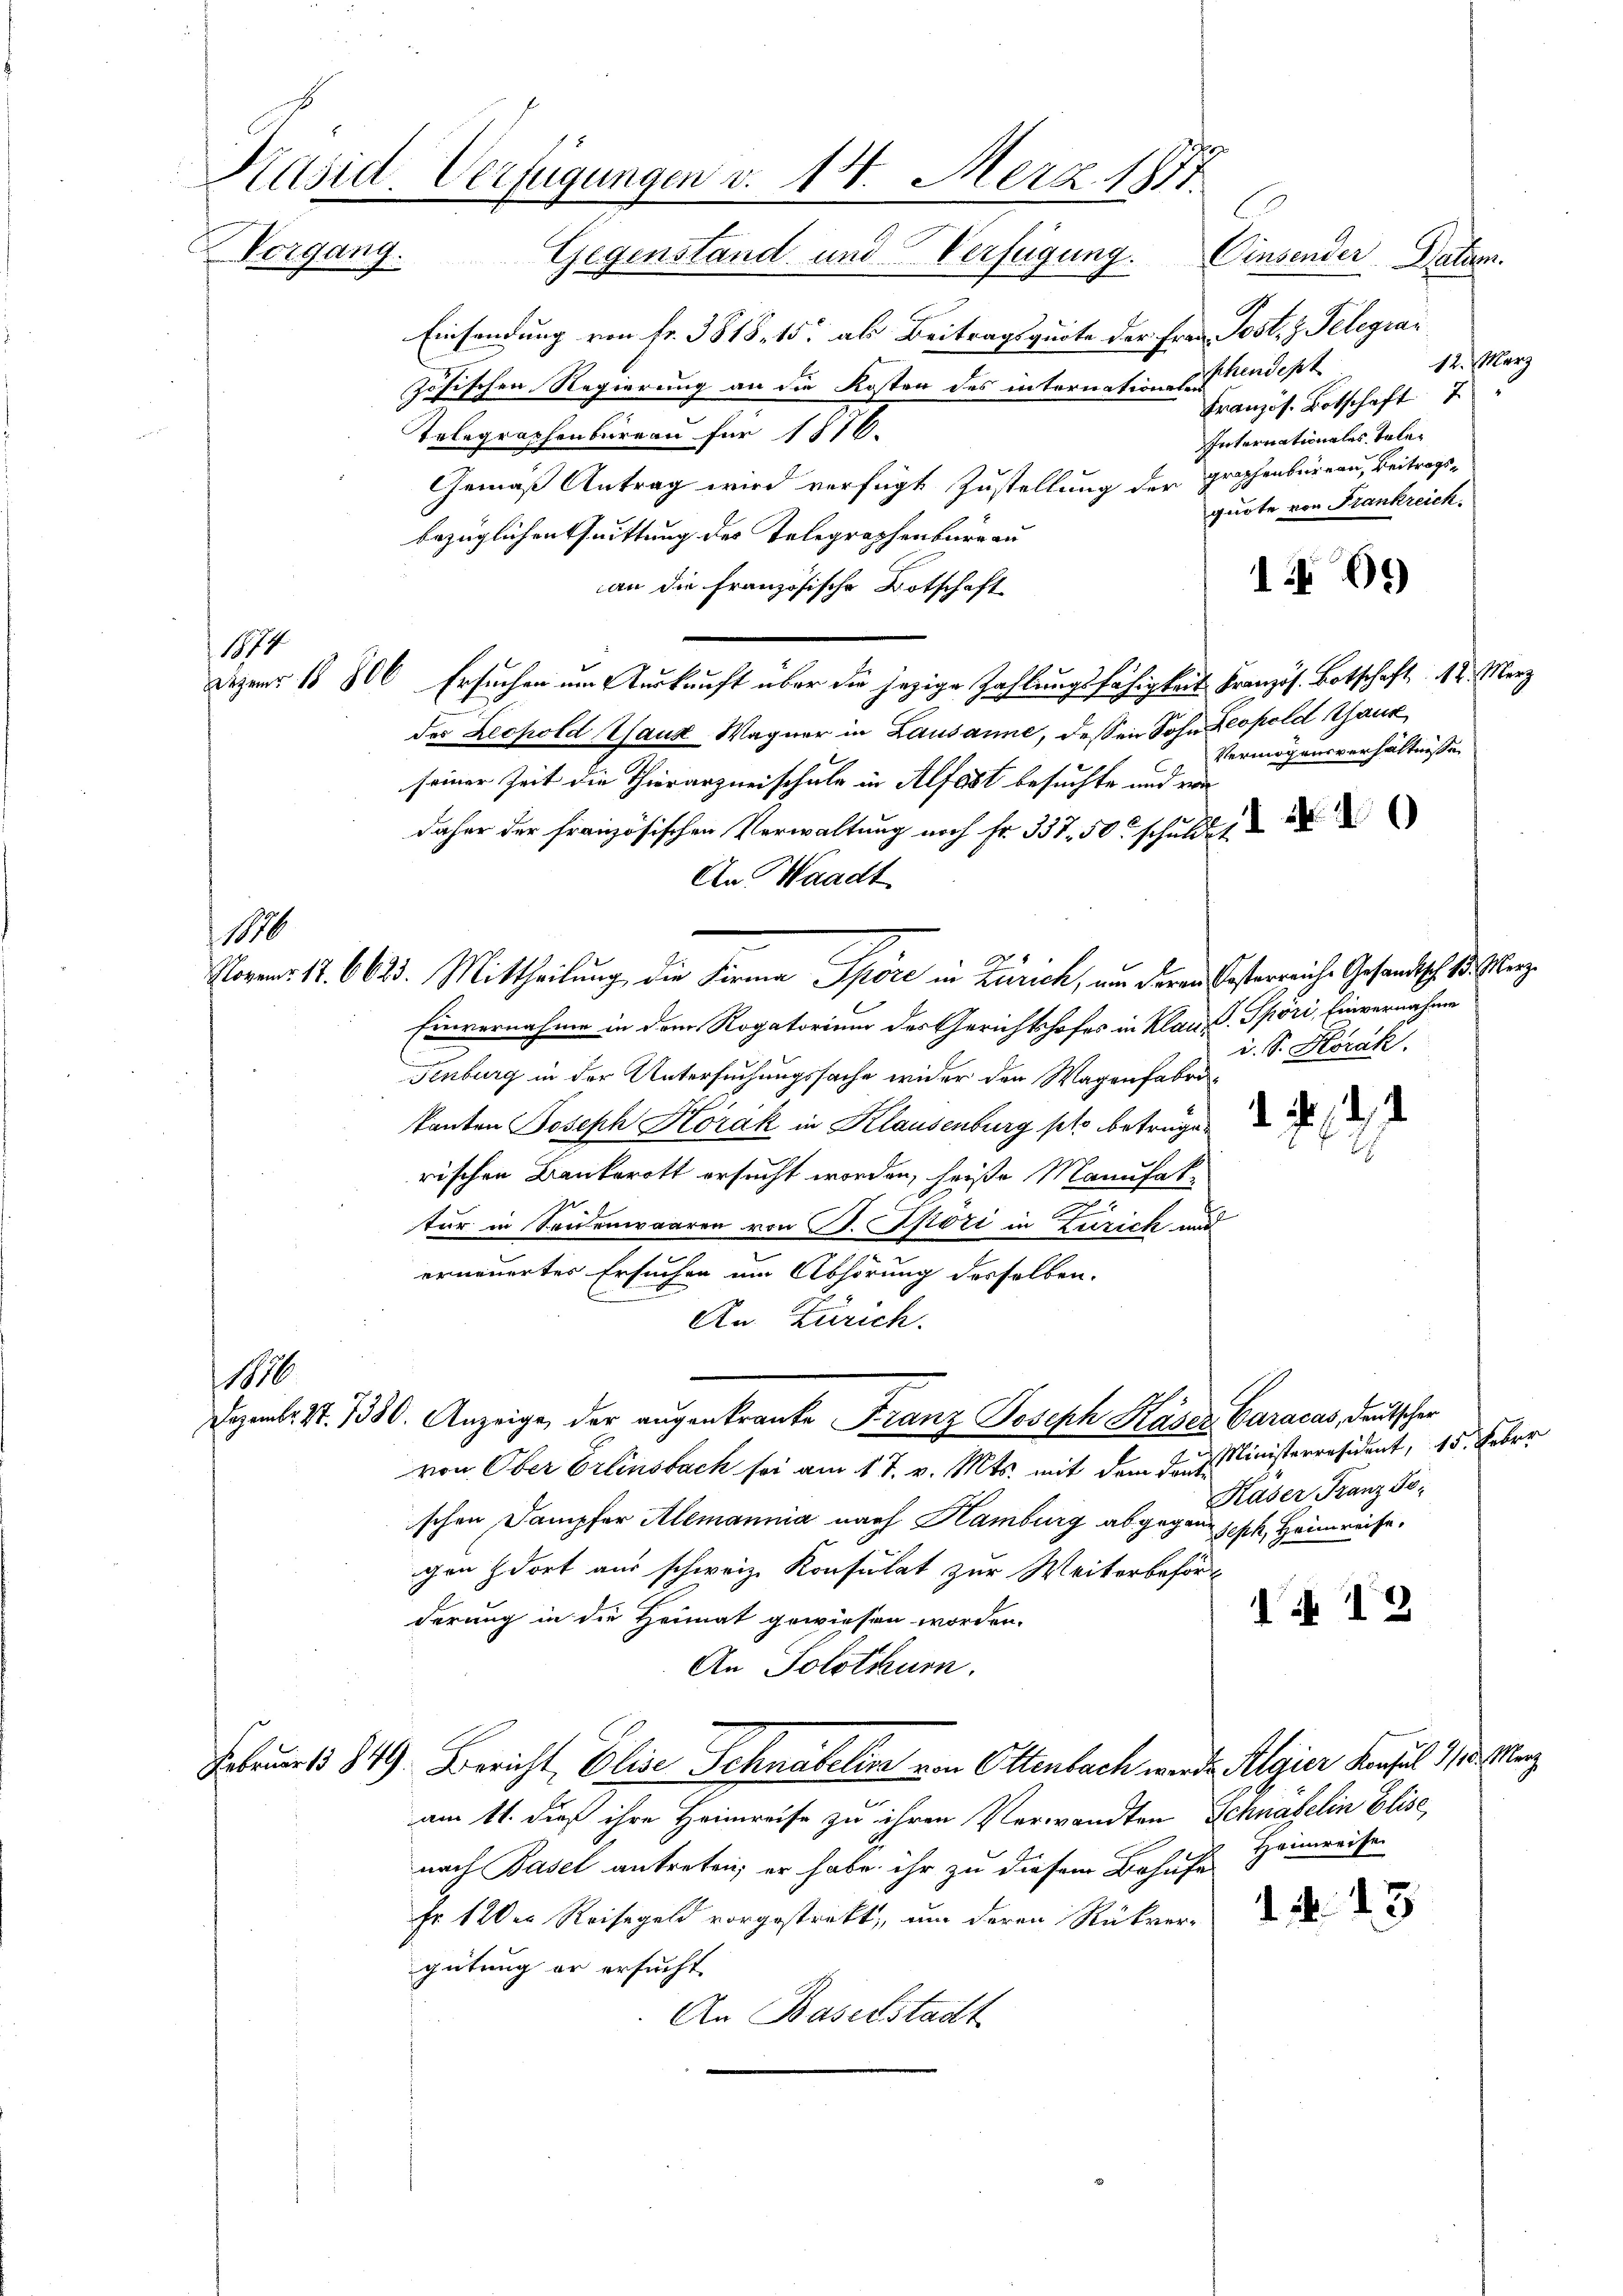
Käsid. Verfügungen v. 18. Merz 1871
Vorgang. Gegenstand und Verfügung.
Cinsender Datum.

1874.

1888

.
Einsendung von fr. 3818, 15 als Beitragsquote der Frau Jost, z. Telegrai
zösischen Regierung an die Kosten des internation der Tendept
Französ. Botschaft 7 "
Telegraphenbureau für 1816.
Internationales Tele¬
Gemäß Antrag wird verfügt Zustellung der graphenbureau, Beitrags-
quote von Frankreich.
bezüglichen Quittung des Telegraphenburg au
191)
an die französische Botschaft
Dezens 1 806 Ersuchen um Auskunft über die jezige Zahlungsfähigkeit Französ. Botschaft 12. Merz
des Leopold Gauz Wagner in Lausanne, dessen Sohn Leopold Ganz
Vermögensverhältnisse
seiner Zeit die Thierarzneischule in Alfast besuchte und von
daher der französischen Verwaltung noch fr. 337, 50 schuldet
An Waadt
Novens 12. 6623. Mittheilung, die Firma Spöre in Zürich, au deren Besterreiche Gesandtsch Sr. Eberze
Einvernahme in dem Rogatorium des Gerichtshofes in Kland. Spori, Einvernahme
i. S. Horak
Fenburg in der Untersuchungssache wider den Wagenfabrikanten Joseph Horak in Klausenburg setz betruge
rischen Bankerott ersucht worden, heiße Manufak¬
2
tur in Sennenwaaren von B. Thori in Zürich und
erneuerter Ersuchen um Abhörung desselben.
An Zürich.
Dezemb. S. 1330. Anzeige, der augenkranke Franz Joseph Kaser Caracas, deutscher
von Ober Erlinsbach sei am 17. v. Mts. mit dem das Ministerresident, 15. Feber
Käser Franz Joschen Dampfer Alemannia nach Hamburg abgegen seph Heimreise.
gen dort aus schweiz. Konsulat zur Weiterbeför¬
A 12
derung in die Heimat gewiesen worden.
An Solothurn.
Februar 849. Bericht, Elise Schnabelis von Ottenbach wurde Algier Konsul 1/3. anz
am 11. dieß ihre Heimreise zu ihren Verwandten Schnafelin Elise,
nach Basel antreten; er habe ihr zu diesem Behufs Heimreise
fr 12 der Reisegeld vorgestrakt, um deren Rückver-
gütung er ersucht
An Baselstadt

18

12. März